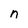
Character: n